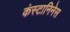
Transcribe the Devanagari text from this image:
कंस्टानिनेस